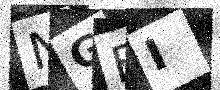
Text: NGFI